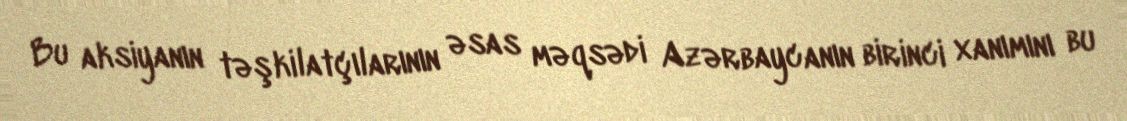
Bu aksiyanın təşkilatçılarının əsas məqsədi Azərbaycanın birinci xanımını bu